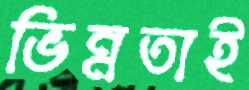
ভিন্নতাই